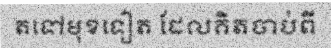
តទៅមុខទៀត ដែលគិតចាប់ពី